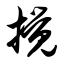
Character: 搅